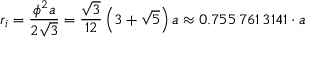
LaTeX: r _ { i } = { \frac { \phi ^ { 2 } a } { 2 { \sqrt { 3 } } } } = { \frac { \sqrt { 3 } } { 1 2 } } \left( 3 + { \sqrt { 5 } } \right) a \approx 0 . 7 5 5 \, 7 6 1 \, 3 1 4 1 \cdot a